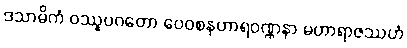
ဒသာဓိကံ ဝဿူပဂတော ဝေဝစနဟာရဝဏ္ဏနာ မဟာရာဇဿဟံ